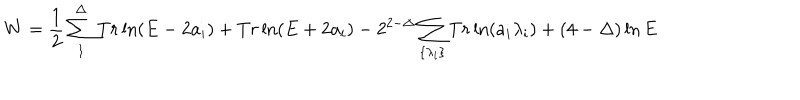
LaTeX: W = \frac { 1 } { 2 } \sum _ { 1 } ^ { \Delta } T r \ln ( E - 2 a _ { i } ) + T r \ln ( E + 2 a _ { i } ) - 2 ^ { 2 - \Delta } \sum _ { \{ \lambda _ { i } \} } T r \ln ( a _ { i } \lambda _ { i } ) + ( 4 - \Delta ) \ln E